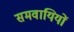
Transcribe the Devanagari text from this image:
समवायियों